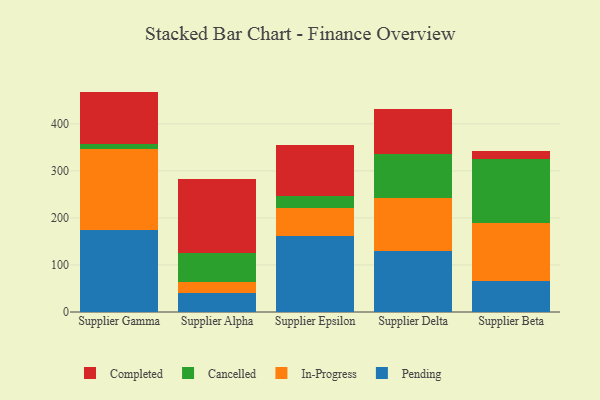
{"axis": {"x": "Supplier", "y": "Humidity (%)"}, "legend": ["Cancelled", "Completed", "In-Progress", "Pending"], "data": [{"x": "Supplier Gamma", "y": 173.5, "type": "Pending"}, {"x": "Supplier Gamma", "y": 172.5, "type": "In-Progress"}, {"x": "Supplier Gamma", "y": 10.3, "type": "Cancelled"}, {"x": "Supplier Gamma", "y": 112.2, "type": "Completed"}, {"x": "Supplier Alpha", "y": 41.2, "type": "Pending"}, {"x": "Supplier Alpha", "y": 21.6, "type": "In-Progress"}, {"x": "Supplier Alpha", "y": 62.3, "type": "Cancelled"}, {"x": "Supplier Alpha", "y": 156.9, "type": "Completed"}, {"x": "Supplier Epsilon", "y": 161.4, "type": "Pending"}, {"x": "Supplier Epsilon", "y": 60.3, "type": "In-Progress"}, {"x": "Supplier Epsilon", "y": 24.8, "type": "Cancelled"}, {"x": "Supplier Epsilon", "y": 107.5, "type": "Completed"}, {"x": "Supplier Delta", "y": 129.4, "type": "Pending"}, {"x": "Supplier Delta", "y": 112.2, "type": "In-Progress"}, {"x": "Supplier Delta", "y": 94.7, "type": "Cancelled"}, {"x": "Supplier Delta", "y": 94.9, "type": "Completed"}, {"x": "Supplier Beta", "y": 66.2, "type": "Pending"}, {"x": "Supplier Beta", "y": 123.2, "type": "In-Progress"}, {"x": "Supplier Beta", "y": 135.5, "type": "Cancelled"}, {"x": "Supplier Beta", "y": 18.4, "type": "Completed"}]}